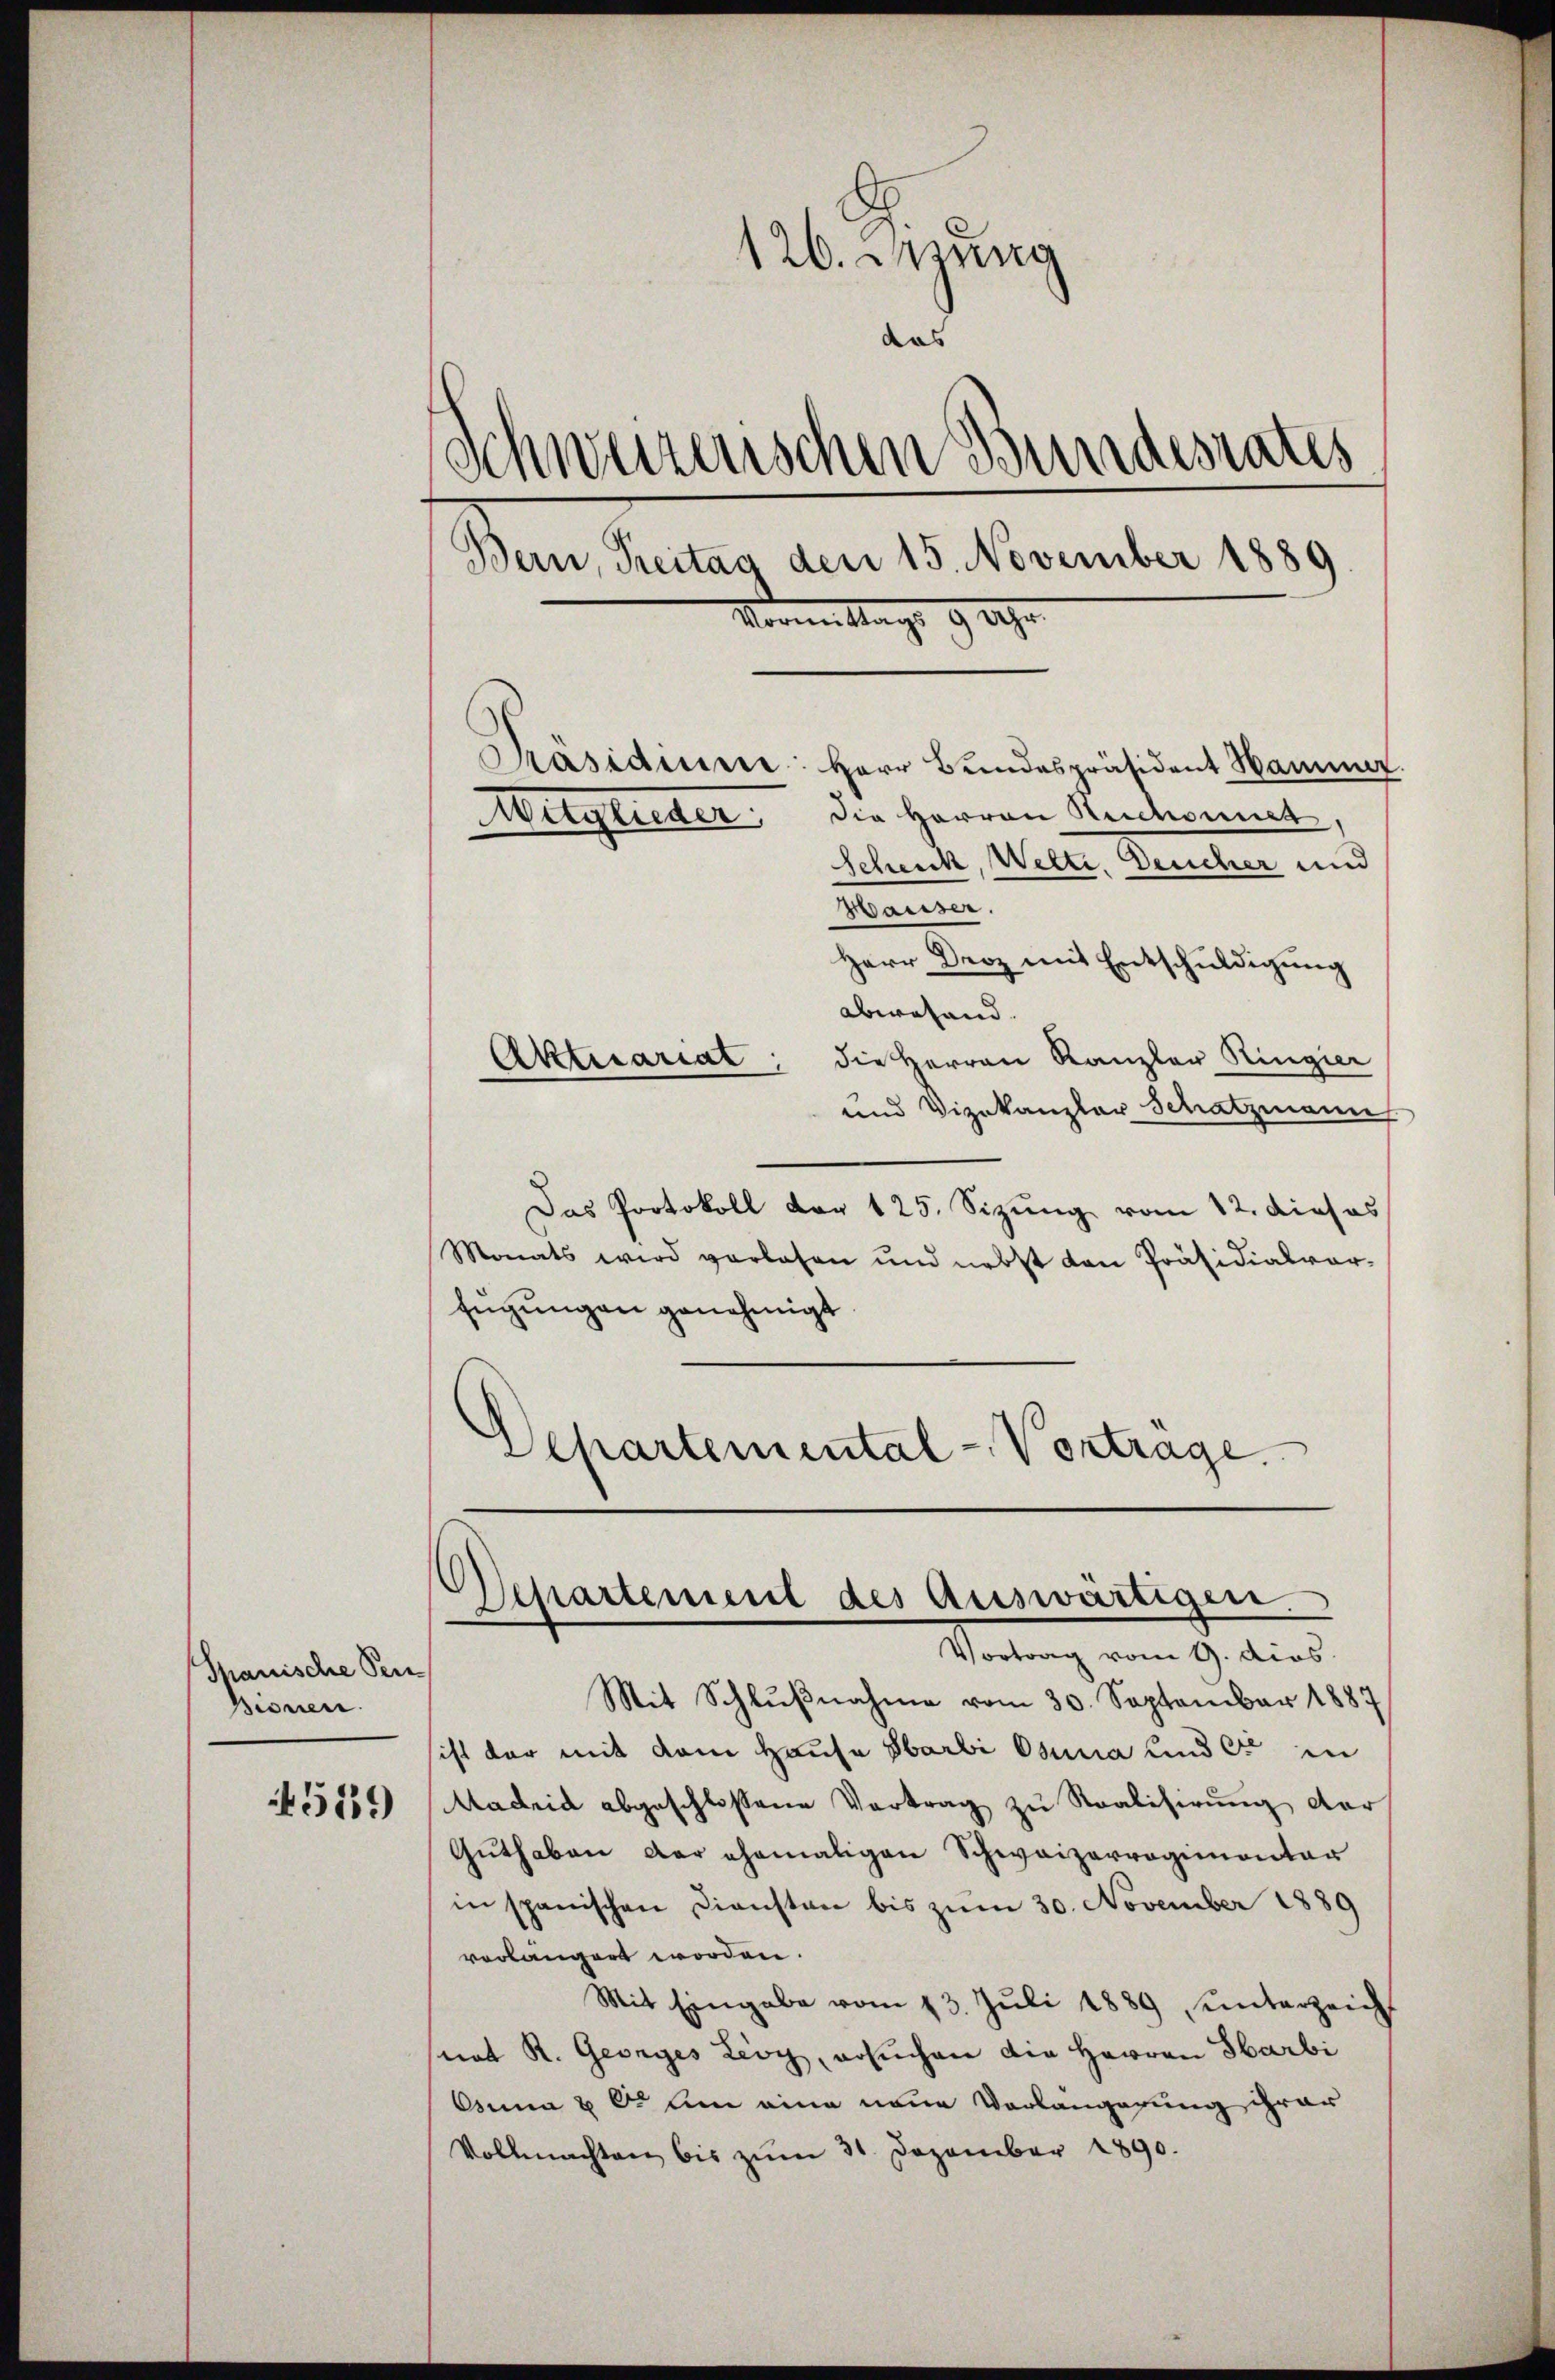
Spanische Pen¬
Bionen.
4519)

126. Jung
das
Schweizerischen Bundesrates
Bern, Treitag den 15. November 1889.
Vormittags 9 Uhr

Präsidiume: Herr Bundespräsident Hammer.
die Herren Ruchonnet,
Schenck, Wette. Deucher und
Mannen.
Herr Droz mit Entschŭldigŭng
abwesend |
Aktuariat; die Herren Kanzler Ringier
und Vizekanzler Schatzmann
Das Protokoll von 125. Sizung vom 12. dieses
Monats wird verlasen und nebst den Präsidialvor-
fügungen genehmigt
Departemental-Vertrage.

Mitglieder

Departement des auswärtigen.
Vortrag vom 9. dies

Mit Schlŭβnahme vom 30. September 1887
sicht der mit dem Hause Sarbi Osuna sind er in
Madrid abgeschlossene Vertrag zu Realisirung der
Guthaben der ehemaligen Schweizerregimentar
in spanischen Diensten bis zum 30. November 1889
verlängert worden.
Mit Eingabe vom 13. Juli 1889 ŭnterzeich
nat R. Georges Lioy, ersuchen die Herren Sarbi
Anna & 6. Am eine neue Vorlangerung ihrer
Vollmachten bis zŭm 31. Dezember 1890.